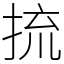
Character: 㧧